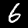
Digit: 6